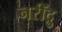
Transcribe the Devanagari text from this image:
नरींद्रु